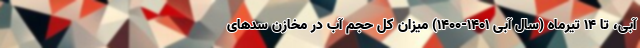
آبی، تا 14 تیرماه (سال آبی 1401-1400) میزان کل حجم آب در مخازن سدهای